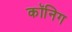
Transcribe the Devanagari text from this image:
कॉनिग